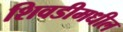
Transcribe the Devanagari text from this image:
शिवडीमधील